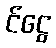
င်ငွေ